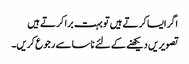
اگر ایسا کرتے ہیں تو بہت برا کرتے ہیں
تصویریں دیکھنے کے لئے ناسا سے رجوع کریں۔